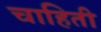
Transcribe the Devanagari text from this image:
चाहिती